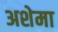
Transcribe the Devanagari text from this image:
अशेमा